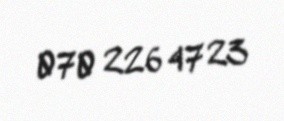
070 226 47 23